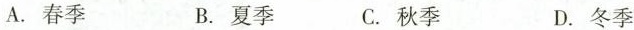
A. 春季 B. 夏季 C. 秋季 D. 冬季